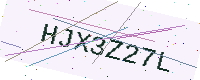
Text: HJX3Z27L